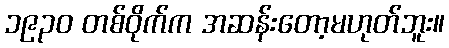
၁၉၃၀ တစ်ဝိုက်က အဆန်းတော့မဟုတ်ဘူး။